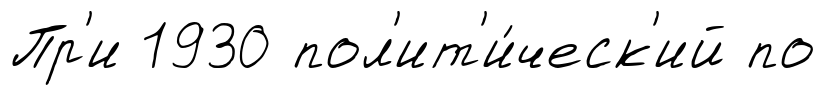
Пр'и 1930 пол'ит'и́ческ'ий по